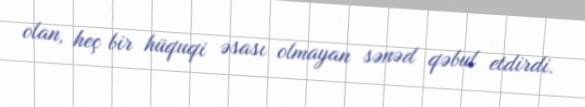
olan, heç bir hüquqi əsası olmayan sənəd qəbul etdirdi.